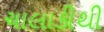
ચાલાકીથી